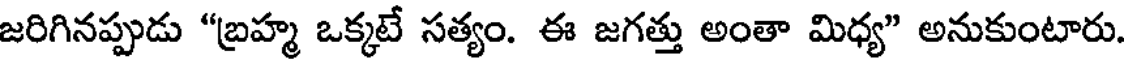
జరిగినప్పుడు "బ్రహ్మ ఒక్కటే సత్యం. ఈ జగత్తు అంతా మిధ్య" అనుకుంటారు.